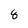
Character: 8